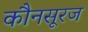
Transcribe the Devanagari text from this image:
कौनसूरज